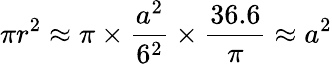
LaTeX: {\pi}r^{2}\approx\pi\times{\frac{a^{2}}{6^{2}}}\times{\frac{36.6}{\pi}}\approx a^{2}